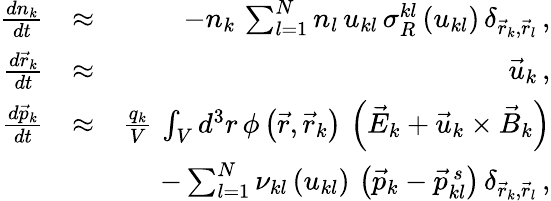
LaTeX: \begin{array}{rlr}{\frac{dn_{k}}{dt}}&{\approx}&{-n_{k}\, \sum_{l=1}^{N}n_{l}\, u_{kl}\, \sigma_{R}^{kl}\left(u_{kl}\right)\, \delta_{\vec{r}_{k},\vec{r}_{l}}\, ,}\\ {\frac{d\vec{r}_{k}}{dt}}&{\approx}&{\vec{u}_{k}\, ,}\\ {\frac{d\vec{p}_{k}}{dt}}&{\approx}&{\frac{q_{k}}{V}\, \int_{V}d^{3}r\, \phi\left(\vec{r},\vec{r}_{k}\right)\, \left(\vec{E}_{k}+\vec{u}_{k}\times\vec{B}_{k}\right)}\\ &{}&{-\sum_{l=1}^{N}\nu_{kl}\left(u_{kl}\right)\, \left(\vec{p}_{k}-\vec{p}_{kl}^{\, s}\right)\, \delta_{\vec{r}_{k},\vec{r}_{l}}\, ,}\end{array}